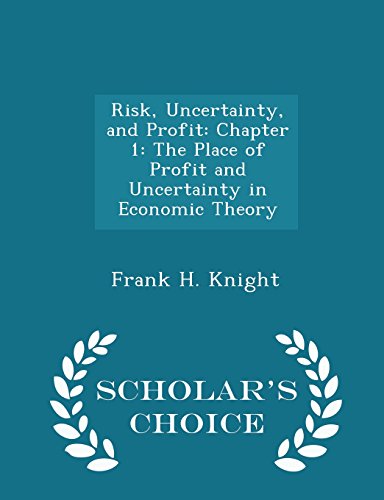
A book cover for Risk, Uncertainty, and Profit: Chapter 1: The Place of Profit and Uncertainty in Economic Theory - Scholar's Choice Edition; Frank H. Knight; Business & Money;